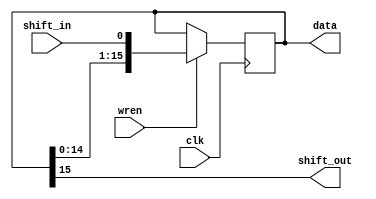
module shiftreg 
#(
	parameter LENGTH = 16
 )
(	shift_in,
	clk,
	wren,
	data,
	shift_out);

	input 	  shift_in;
	input clk;
	input wren;

	output reg	[LENGTH-1:0]data;
	output shift_out;
	
	
	 assign shift_out = data[LENGTH-1];
	 
	 
	 always @(posedge clk) begin
	     data = wren ? {data[LENGTH-2:0], shift_in } :  data;
	 end
	 
	 
	
	 
endmodule